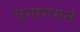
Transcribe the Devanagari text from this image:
वनागमन